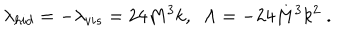
\lambda _ { h i d } = - \lambda _ { v i s } = 2 4 M ^ { 3 } k , \; \; \Lambda = - 2 4 M ^ { 3 } k ^ { 2 } \; .